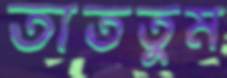
তাততুম